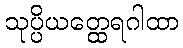
သုပ္ပိယတ္ထေရဂါထာ